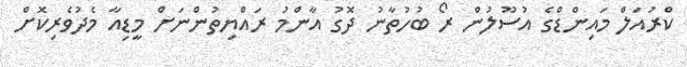
ކްރުއަލް މައިންޑްގެ އުސޫލުން ރޯ ބުހުތާނު ދޮގު އާންމު ރައްޔިތުންނަށް މީޑިއާ މެދުވެރިކޮށް